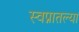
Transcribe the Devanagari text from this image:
स्वप्नातल्या